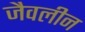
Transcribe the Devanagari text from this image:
जैवलीन